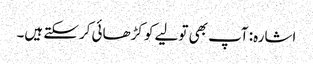
اشارہ: آپ بھی تولیے کو کڑھائی کرسکتے ہیں۔